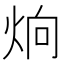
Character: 𤈍